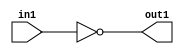
`timescale 1ns / 1ps
//////////////////////////////////////////////////////////////////////////////////
// Company: 
// Engineer: 
// 
// Design Name: 
// Module Name: NOT1bit
// Project Name: 
// Target Devices: 
// Tool Versions: 
// Description: 
// 
// Dependencies: 
// 
// Revision:
// Revision 0.01 - File Created
// Additional Comments:
// 
//////////////////////////////////////////////////////////////////////////////////


module NOT1bit(out1,in1);

input in1;
output out1;

not not1(out1,in1);

endmodule